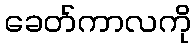
ခေတ်ကာလကို